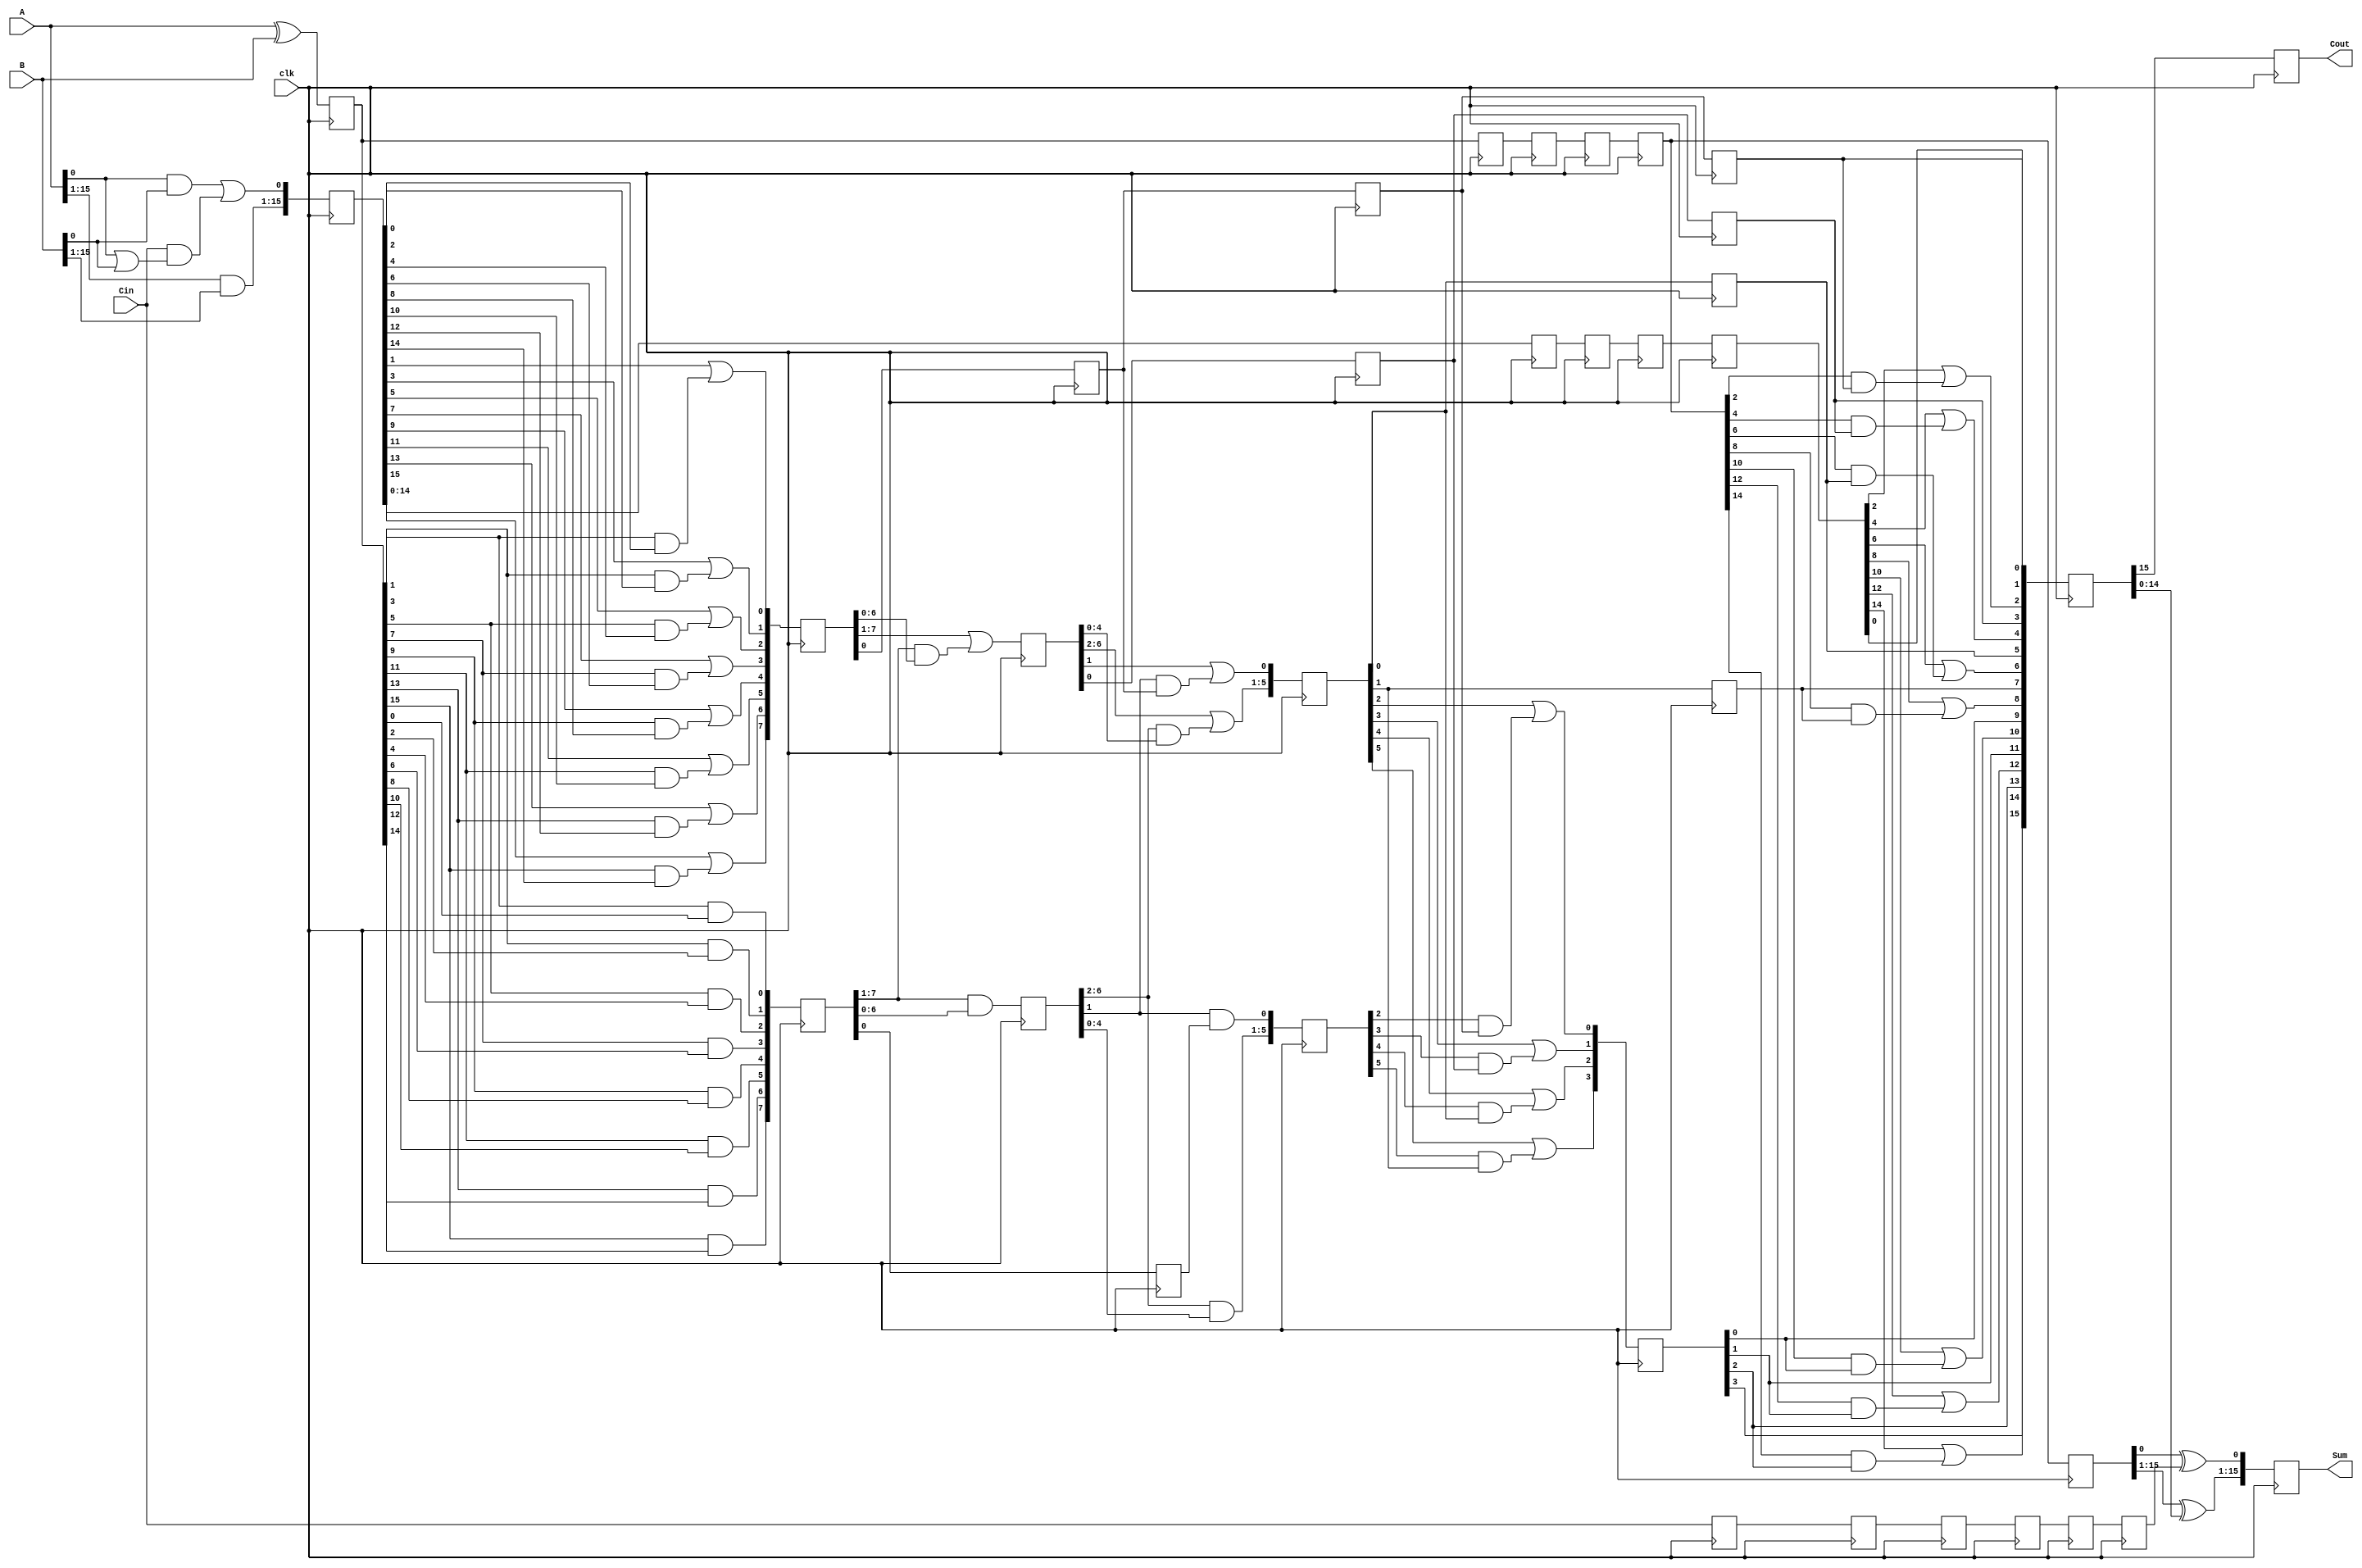
`timescale 1ns / 1ps
//////////////////////////////////////////////////////////////////////////////////
// Company: 
// Engineer: 
// 
// Design Name: 
// Module Name: HCadder
// Project Name: 
// Target Devices: 
// Tool Versions: 
// Description: 
// 
// Dependencies: 
// 
// Revision:
// Revision 0.01 - File Created
// Additional Comments:
// 
//////////////////////////////////////////////////////////////////////////////////


module HCadder(A,B,Cin,clk,Sum,Cout);
input [15:0] A,B;
input Cin,clk;
output reg [15:0] Sum;
output reg Cout;

reg  Cin_0,Cin_1,Cin_2,Cin_3,Cin_4,Cin_5;

wire [15:0] G0,P0;
reg [15:0] G0_0,G0_1,G0_2,G0_3,G0_4,P0_0,P0_1,P0_2,P0_3,P0_4,P0_5;
//================== 0 stage  =========//

assign G0[0]= (A[0] & B[0])| (Cin & (A[0] | B[0])),
       G0[15:1]=A[15:1] & B[15:1],
	   P0 = A ^ B;
	   
always@(posedge clk)
begin
G0_0 <= G0;
P0_0 <= P0;
Cin_0 <= Cin;
end 

//========================  1st stage ==========================//
wire [7:0] G1,P1;
reg [7:0] G1_1,P1_1;

assign G1[0]=G0_0[1] | (P0_0[1] & G0_0[0]),
       G1[1]=G0_0[3] | (P0_0[3] & G0_0[2]),
	   G1[2]=G0_0[5] | (P0_0[5] & G0_0[4]),
	   G1[3]=G0_0[7] | (P0_0[7] & G0_0[6]),
	   G1[4]=G0_0[9] | (P0_0[9] & G0_0[8]),
       G1[5]=G0_0[11] | (P0_0[11] & G0_0[10]),
	   G1[6]=G0_0[13] | (P0_0[13] & G0_0[12]),
	   G1[7]=G0_0[15] | (P0_0[15] & G0_0[14]);
	   
assign P1[0] = P0_0[1] & P0_0[0],
       P1[1] = P0_0[3] & P0_0[2],
	   P1[2] = P0_0[5] & P0_0[4],
       P1[3] = P0_0[7] & P0_0[6],
	   P1[4] = P0_0[9] & P0_0[8],
       P1[5] = P0_0[11] & P0_0[10],
	   P1[6] = P0_0[13] & P0_0[12],
       P1[7] = P0_0[15] & P0_0[14];
	   
always@(posedge clk)
begin

P1_1 <= P1;
G1_1 <= G1;

G0_1 <= G0_0 ;
P0_1 <= P0_0 ;
Cin_1 <= Cin_0;

end

//=====================  2nd stage  ==================//
wire [6:0] G2,P2;
reg [6:0] G2_2,P2_2;
reg G1_2,P1_2,G1_3,P1_3,G1_4,P1_4;

assign G2[6:0] = G1_1[7:1] | (P1_1[7:1] & G1_1[6:0]);
assign  P2[6:0] = P1_1[7:1] & P1_1[6:0];

always@(posedge clk)
begin
G2_2 <= G2;
P2_2 <= P2;

G1_2 <= G1_1[0];
P1_2 <= P1_1[0];

G0_2 <= G0_1;
P0_2 <= P0_1;
Cin_2 <= Cin_1;

end

//======================== 3rd stage ===================//
wire [5:0] G3,P3;
reg [5:0] G3_3,P3_3;
reg G2_3,P2_3,G2_4,P2_4;

assign G3[5:1] = G2_2[6:2] | (P2_2[6:2] & G2_2[4:0]),
       G3[0] = G2_2[1] | (P2_2[1] & G1_2);
	   
assign P3[5:1] = P2_2[6:2] & P2_2[4:0],
	   P3[0] = P2_2[1] & P1_2;
	   
always@(posedge clk)
begin
G3_3 <= G3;
P3_3 <= P3;

G2_3 <= G2_2[0];
P2_3 <= P2_2[0];

G1_3 <= G1_2;
P1_3 <= P1_2;

G0_3 <= G0_2;
P0_3 <= P0_2;
Cin_3 <= Cin_2;
end

//=========================  4th stage ==========================//
wire [3:0] P4,G4;
reg [3:0] P4_4,G4_4;
reg P3_4_0,P3_4_1,G3_4_0,G3_4_1;


assign G4[0]= G3_3[2] | (P3_3[2] & G1_3),
       G4[1]= G3_3[3] | (P3_3[3] & G2_3),
	   G4[2]= G3_3[4] | (P3_3[4] & G3_3[0]),
	   G4[3]= G3_3[5] | (P3_3[5] & G3_3[1]);
	   
assign P4[0]=P3_3[2] & P1_3,
       P4[1]=P3_3[3] & P2_3,
	   P4[2]=P3_3[4] & P3_3[0],
	   P4[3]=P3_3[5] & P3_3[1];
	   
always@(posedge clk)
begin
P4_4 <= P4;
G4_4 <= G4;

G3_4_0 <= G3_3[0];
G3_4_1 <= G3_3[1];
P3_4_0 <= P3_3[0];
P3_4_1 <= P3_3[1];

G2_4  <= G2_3;
P2_4  <= P2_3;
 
G1_4  <= G1_3;
P1_4  <= P1_3;
 
G0_4  <= G0_3;
P0_4  <= P0_3; 
Cin_4 <= Cin_3;

end


// =========================  5th stage =================================//

wire [6:0] G5;
reg [15:0] G5_5;

assign G5[0]= G0_4[2] | (P0_4[2] & G1_4),
       G5[1]= G0_4[4] | (P0_4[4] & G2_4),
	   G5[2]= G0_4[6] | (P0_4[6] & G3_4_0),
	   G5[3]= G0_4[8] | (P0_4[8] & G3_4_1),
	   G5[4]= G0_4[10] | (P0_4[10] & G4_4[0]),
       G5[5]= G0_4[12] | (P0_4[12] & G4_4[1]),
	   G5[6]= G0_4[14] | (P0_4[14] & G4_4[2]);
	   
always@(posedge clk)
begin
G5_5[0] <= G0_4[0];
G5_5[1] <= G1_4;
G5_5[2] <= G5[0];
G5_5[3] <= G2_4;
G5_5[4] <= G5[1];
G5_5[5] <= G3_4_0;
G5_5[6] <= G5[2];
G5_5[7] <= G3_4_1;
G5_5[8] <= G5[3];
G5_5[9] <= G4_4[0];
G5_5[10] <= G5[4];
G5_5[11] <= G4_4[1];
G5_5[12] <= G5[5];
G5_5[13] <= G4_4[2];
G5_5[14] <= G5[6];
G5_5[15] <= G4_4[3];

P0_5  <= P0_4; 
Cin_5 <= Cin_4;
end

// =============== 6th stage sum calculation =========//

always@(posedge clk)
begin
Cout <= G5_5[15];
Sum[0] <= P0_5[0] ^ Cin_5;
Sum[15:1] <= P0_5[15:1] ^ G5_5[14:0];
end

endmodule